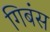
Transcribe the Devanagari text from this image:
गिबंस